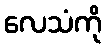
လေသံကို